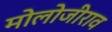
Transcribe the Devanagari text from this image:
मोलोजीराव